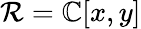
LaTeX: \mathcal{R}=\mathbb{{C}}[x,y]